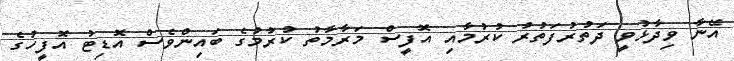
އޭނާ ވިދާޅުވީ ދަތުރުފަތުރު ކުރުމާއި އޮފީސް މަރާމާތު ކުރުމުގެ ބައިންވެސް އޮޑިޓު އޮފީހުގެ